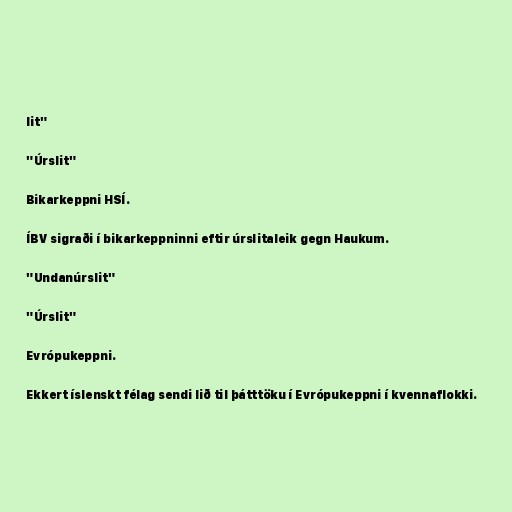
lit"

"Úrslit"

Bikarkeppni HSÍ.

ÍBV sigraði í bikarkeppninni eftir úrslitaleik gegn Haukum.

"Undanúrslit"

"Úrslit"

Evrópukeppni.

Ekkert íslenskt félag sendi lið til þátttöku í Evrópukeppni í kvennaflokki.